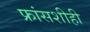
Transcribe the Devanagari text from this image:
फ्रांसशीही